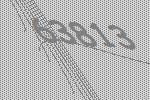
63813